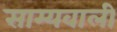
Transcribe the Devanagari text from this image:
साम्यवाली